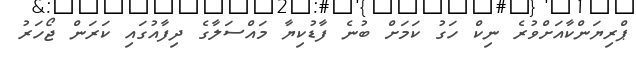
ޕްރިޔަންކާއަށްވުރެ ނިކް ހަގު ކަމަށް ބުނެ ފާޑުކިޔާ މައްސަލާގެ ދިފާއުގައި ކަރަން ޖޯހަރު